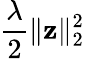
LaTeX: \frac{\lambda}{2}\| \mathbf{z}\| _{2}^{2}